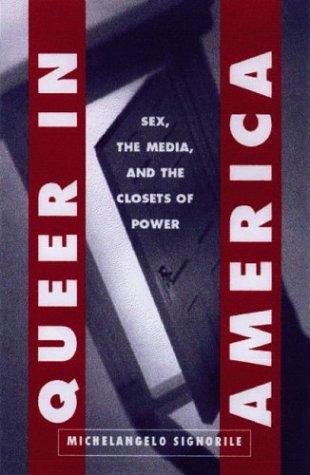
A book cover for Queer in America: Sex, the Media, and the Closets of Power; Michelangelo Signorile; Gay & Lesbian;